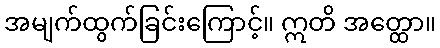
အမျက်ထွက်ခြင်းကြောင့်။ ဣတိ အတ္ထော။